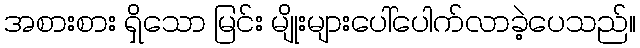
အစားစား ရှိသော မြင်း မျိုးများပေါ်ပေါက်လာခဲ့ပေသည်။